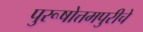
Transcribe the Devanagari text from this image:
पुरूषोत्तमपुरीचे